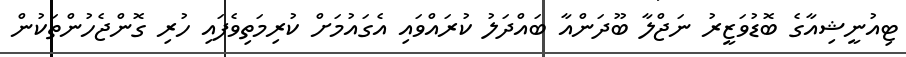
ޓިއުނީޝިއާގެ ބޮޑުވަޒީރު ނަޖްލާ ބޫދަންއާ ބައްދަލު ކުރައްވައި އެގައުމަށް ކުރިމަތިވެފައި ހުރި ގޮންޖެހުންތަކުން